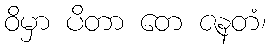
ဝိမှာ ပိတာ တေ ဇနတံ၊